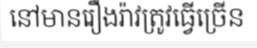
នៅមានរឿងរ៉ាវត្រូវធ្វើច្រើន